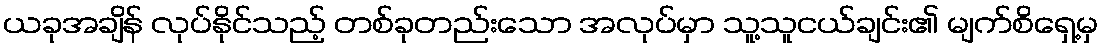
ယခုအချိန် လုပ်နိုင်သည့် တစ်ခုတည်းသော အလုပ်မှာ သူ့သူငယ်ချင်း၏ မျက်စိရှေ့မှ